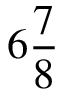
6 \frac 7 8